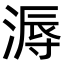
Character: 溽